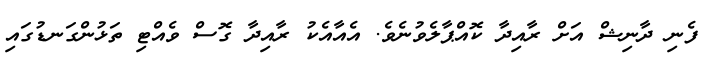
ފެނި ދާނިޝް އަށް ރާއިދާ ކޮއްޕާލެވުނެވެ. އެއާއެކު ރާއިދާ ގޮސް ވެއްޓި ތަޅުންގަނޑުގައި